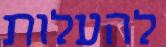
להעלות